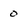
Character: 0